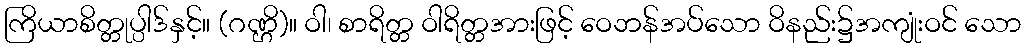
ကြိယာစိတ္တုပ္ပါဒ်နှင့်။ (ဂဏ္ဌိ)။ ဝါ၊ စာရိတ္တ ဝါရိတ္တအားဖြင့် ဝေဘန်အပ်သော ဝိနည်း၌အကျုံးဝင် သော